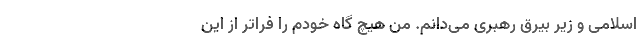
اسلامی و زیر بیرق رهبری می‌دانم. من هیچ گاه خودم را فراتر از این